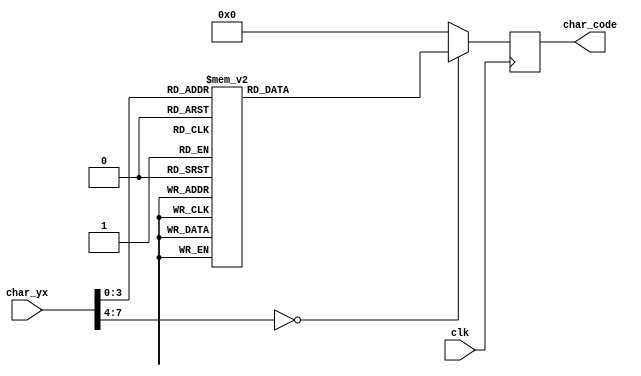
`timescale 1ns / 1ps
//////////////////////////////////////////////////////////////////////////////////
// Company: AGH
// 
// Design Name: 
// Module Name: game_over_writing
// Project Name: Entliczek pentliczek
// Target Devices: 
// Tool Versions: 
// Description: Napis GAME OVER
// 
// Dependencies: 
// 
// Revision:
// Revision 0.01 - File Created
// Additional Comments:
// 
//////////////////////////////////////////////////////////////////////////////////


module game_over_writing(
    input  wire        clk,
    input  wire [7:0]  char_yx, 
    output reg  [7:0]  char_code 
);

    // signal declaration
    reg [7:0] data;

// body
always @(posedge clk)
    char_code <= data;

always @* begin
    case (char_yx)
        8'h00: data = 8'h47; //G
        8'h01: data = 8'h41; //A
        8'h02: data = 8'h4d; //M
        8'h03: data = 8'h45; //E
        8'h04: data = 8'h00; //
        8'h05: data = 8'h4f; //O
        8'h06: data = 8'h56; //V
        8'h07: data = 8'h45; //E
        8'h08: data = 8'h52; //R
        
        default: data = 8'h00;
    endcase
end

endmodule